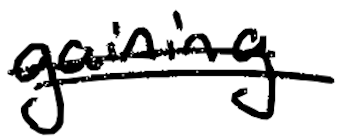
Text: gaining
Cross-out: double-line
Writing tool: digital_black